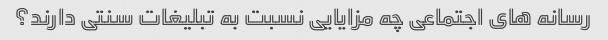
رسانه های اجتماعی چه مزایایی نسبت به تبلیغات سنتی دارند؟